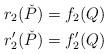
LaTeX: \begin{align*} r_2(\check P)&=f_2(Q)\\ r'_2(\check P)&=f'_2(Q)\end{align*}